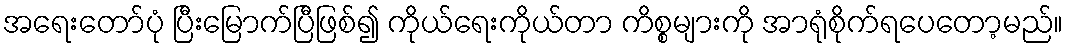
အရေးတော်ပုံ ပြီးမြောက်ပြီဖြစ်၍ ကိုယ်ရေးကိုယ်တာ ကိစ္စများကို အာရုံစိုက်ရပေတော့မည်။